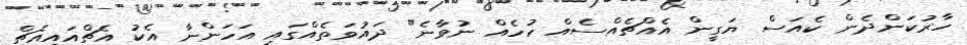
ހާރުކަންދެން ކެއަސް ޔަގީން އެއްޗެއްސެއް ހުހެއް ނުވާނެ" ދައުވަތެއްގައި އަހަންނާ އެކު އެޗްއައިއެޗް